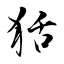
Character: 狧